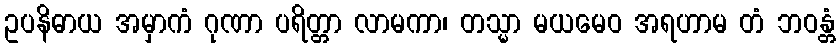
ဥပနိဓာယ အမှာကံ ဂုဏာ ပရိတ္တာ လာမကာ၊ တသ္မာ မယမေဝ အရဟာမ တံ ဘဝန္တံ